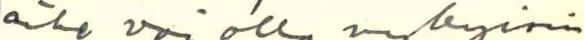
aihe voi olla nykyisin